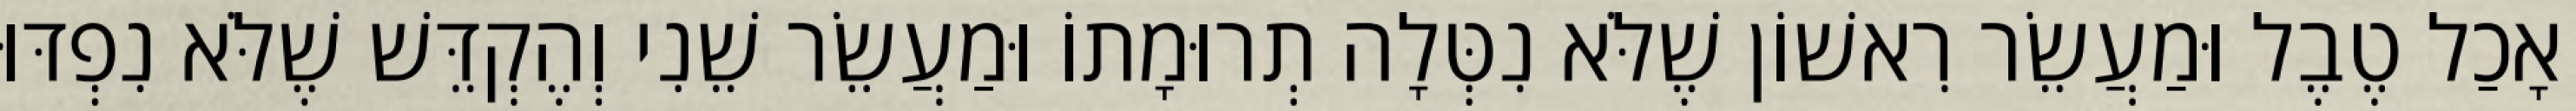
אָכַל טֶבֶל וּמַעֲשֵׂר רִאשׁוֹן שֶׁלֹּא נִטְּלָה תְרוּמָתוֹ וּמַעֲשֵׂר שֵׁנִי וְהֶקְדֵּשׁ שֶׁלֹּא נִפְדּוּ